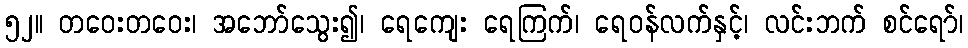
၅၂။ တဝေးတဝေး၊ အဘော်သွေး၍၊ ရေကျေး ရေကြက်၊ ရေဝန်လက်နှင့်၊ လင်းဘက် စင်ရော်၊